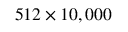
5 1 2 \times 1 0 , 0 0 0